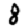
Digit: 8